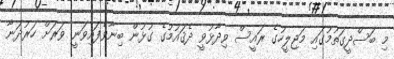
މި ބަސްދީގަތުމުގައި މަޖިލީހުގެ ރައީސް ވިދާޅުވީ ދެޤައުމުގެ ގުޅުން ބިނާވެފައިވަނީ ވަރަށް ހަރުދަނާ